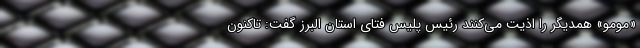
«مومو» همدیگر را اذیت می‌کنند رئیس پلیس فتای استان البرز گفت: تاکنون